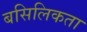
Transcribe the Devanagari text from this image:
बसिलिकता